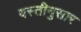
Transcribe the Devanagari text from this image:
वस्तीनुसार